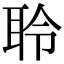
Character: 聆